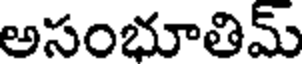
అసంభూతిమ్